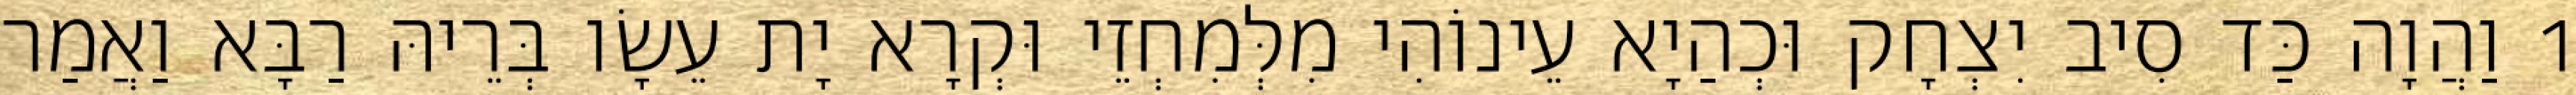
1 וַהֲוָה כַּד סִיב יִצְחָק וּכְהַיָא עֵינוֹהִי מִלְּמִחְזֵי וּקְרָא יָת עֵשָׂו בְּרֵיהּ רַבָּא וַאֲמַר